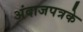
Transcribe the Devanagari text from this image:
अंदाजपत्रके